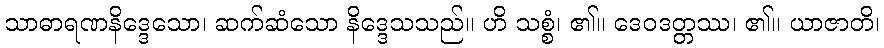
သာဓာရဏနိဒ္ဒေသော၊ ဆက်ဆံသော နိဒ္ဒေသသည်။ ဟိ သစ္စံ၊ ၏။ ဒေဝဒတ္တဿ၊ ၏။ ယာဇာတိ၊